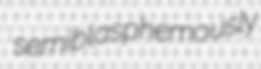
semiblasphemously